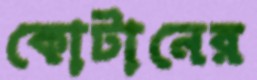
কোটানের